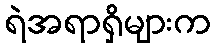
ရဲအရာရှိများက